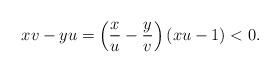
LaTeX: \begin{align*} xv-yu=\left( \frac{x}{u}-\frac{y}{v}\right)(xu-1)<0.\end{align*}